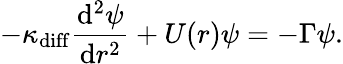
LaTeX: -\kappa_{\mathrm{diff}}\frac{\mathrm{d}^{2}\psi}{\mathrm{d}r^{2}}+U(r)\psi=-\Gamma\psi.